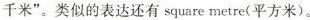
千米"。类似的表达还有 square metre(平方米)。